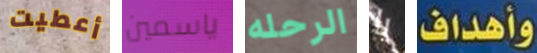
أعطيت ياسمين الرحله يا وأهداف